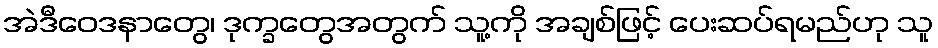
အဲဒီဝေဒနာတွေ၊ ဒုက္ခတွေအတွက် သူ့ကို အချစ်ဖြင့် ပေးဆပ်ရမည်ဟု သူ